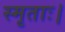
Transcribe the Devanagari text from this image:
स्मृताः।